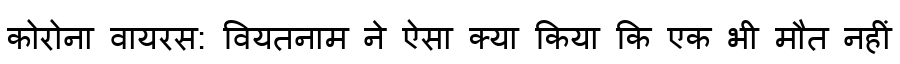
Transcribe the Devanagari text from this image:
कोरोना वायरस: वियतनाम ने ऐसा क्या किया कि एक भी मौत नहीं